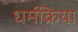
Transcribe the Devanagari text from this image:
धर्मक्रिया